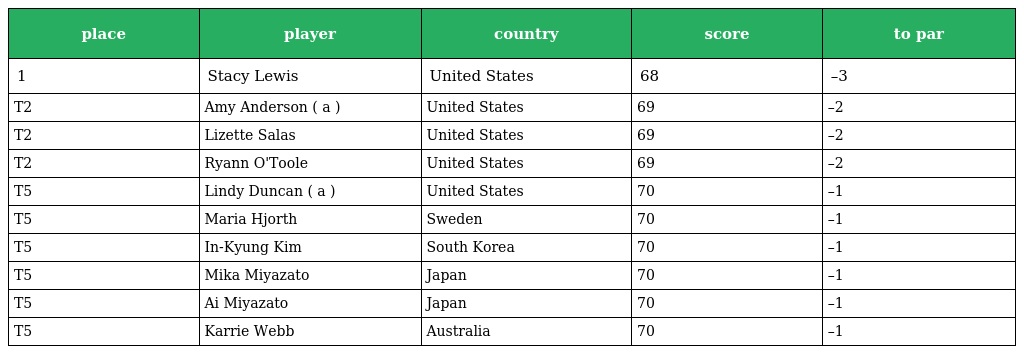
| place | player | country | score | to par |
 | --- | --- | --- | --- | --- |
 | 1 | Stacy Lewis | United States | 68 | –3 |
 | T2 | Amy Anderson ( a ) | United States | 69 | –2 |
 | T2 | Lizette Salas | United States | 69 | –2 |
 | T2 | Ryann O'Toole | United States | 69 | –2 |
 | T5 | Lindy Duncan ( a ) | United States | 70 | –1 |
 | T5 | Maria Hjorth | Sweden | 70 | –1 |
 | T5 | In-Kyung Kim | South Korea | 70 | –1 |
 | T5 | Mika Miyazato | Japan | 70 | –1 |
 | T5 | Ai Miyazato | Japan | 70 | –1 |
 | T5 | Karrie Webb | Australia | 70 | –1 |